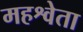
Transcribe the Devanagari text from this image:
महश्वेता